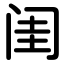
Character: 闺